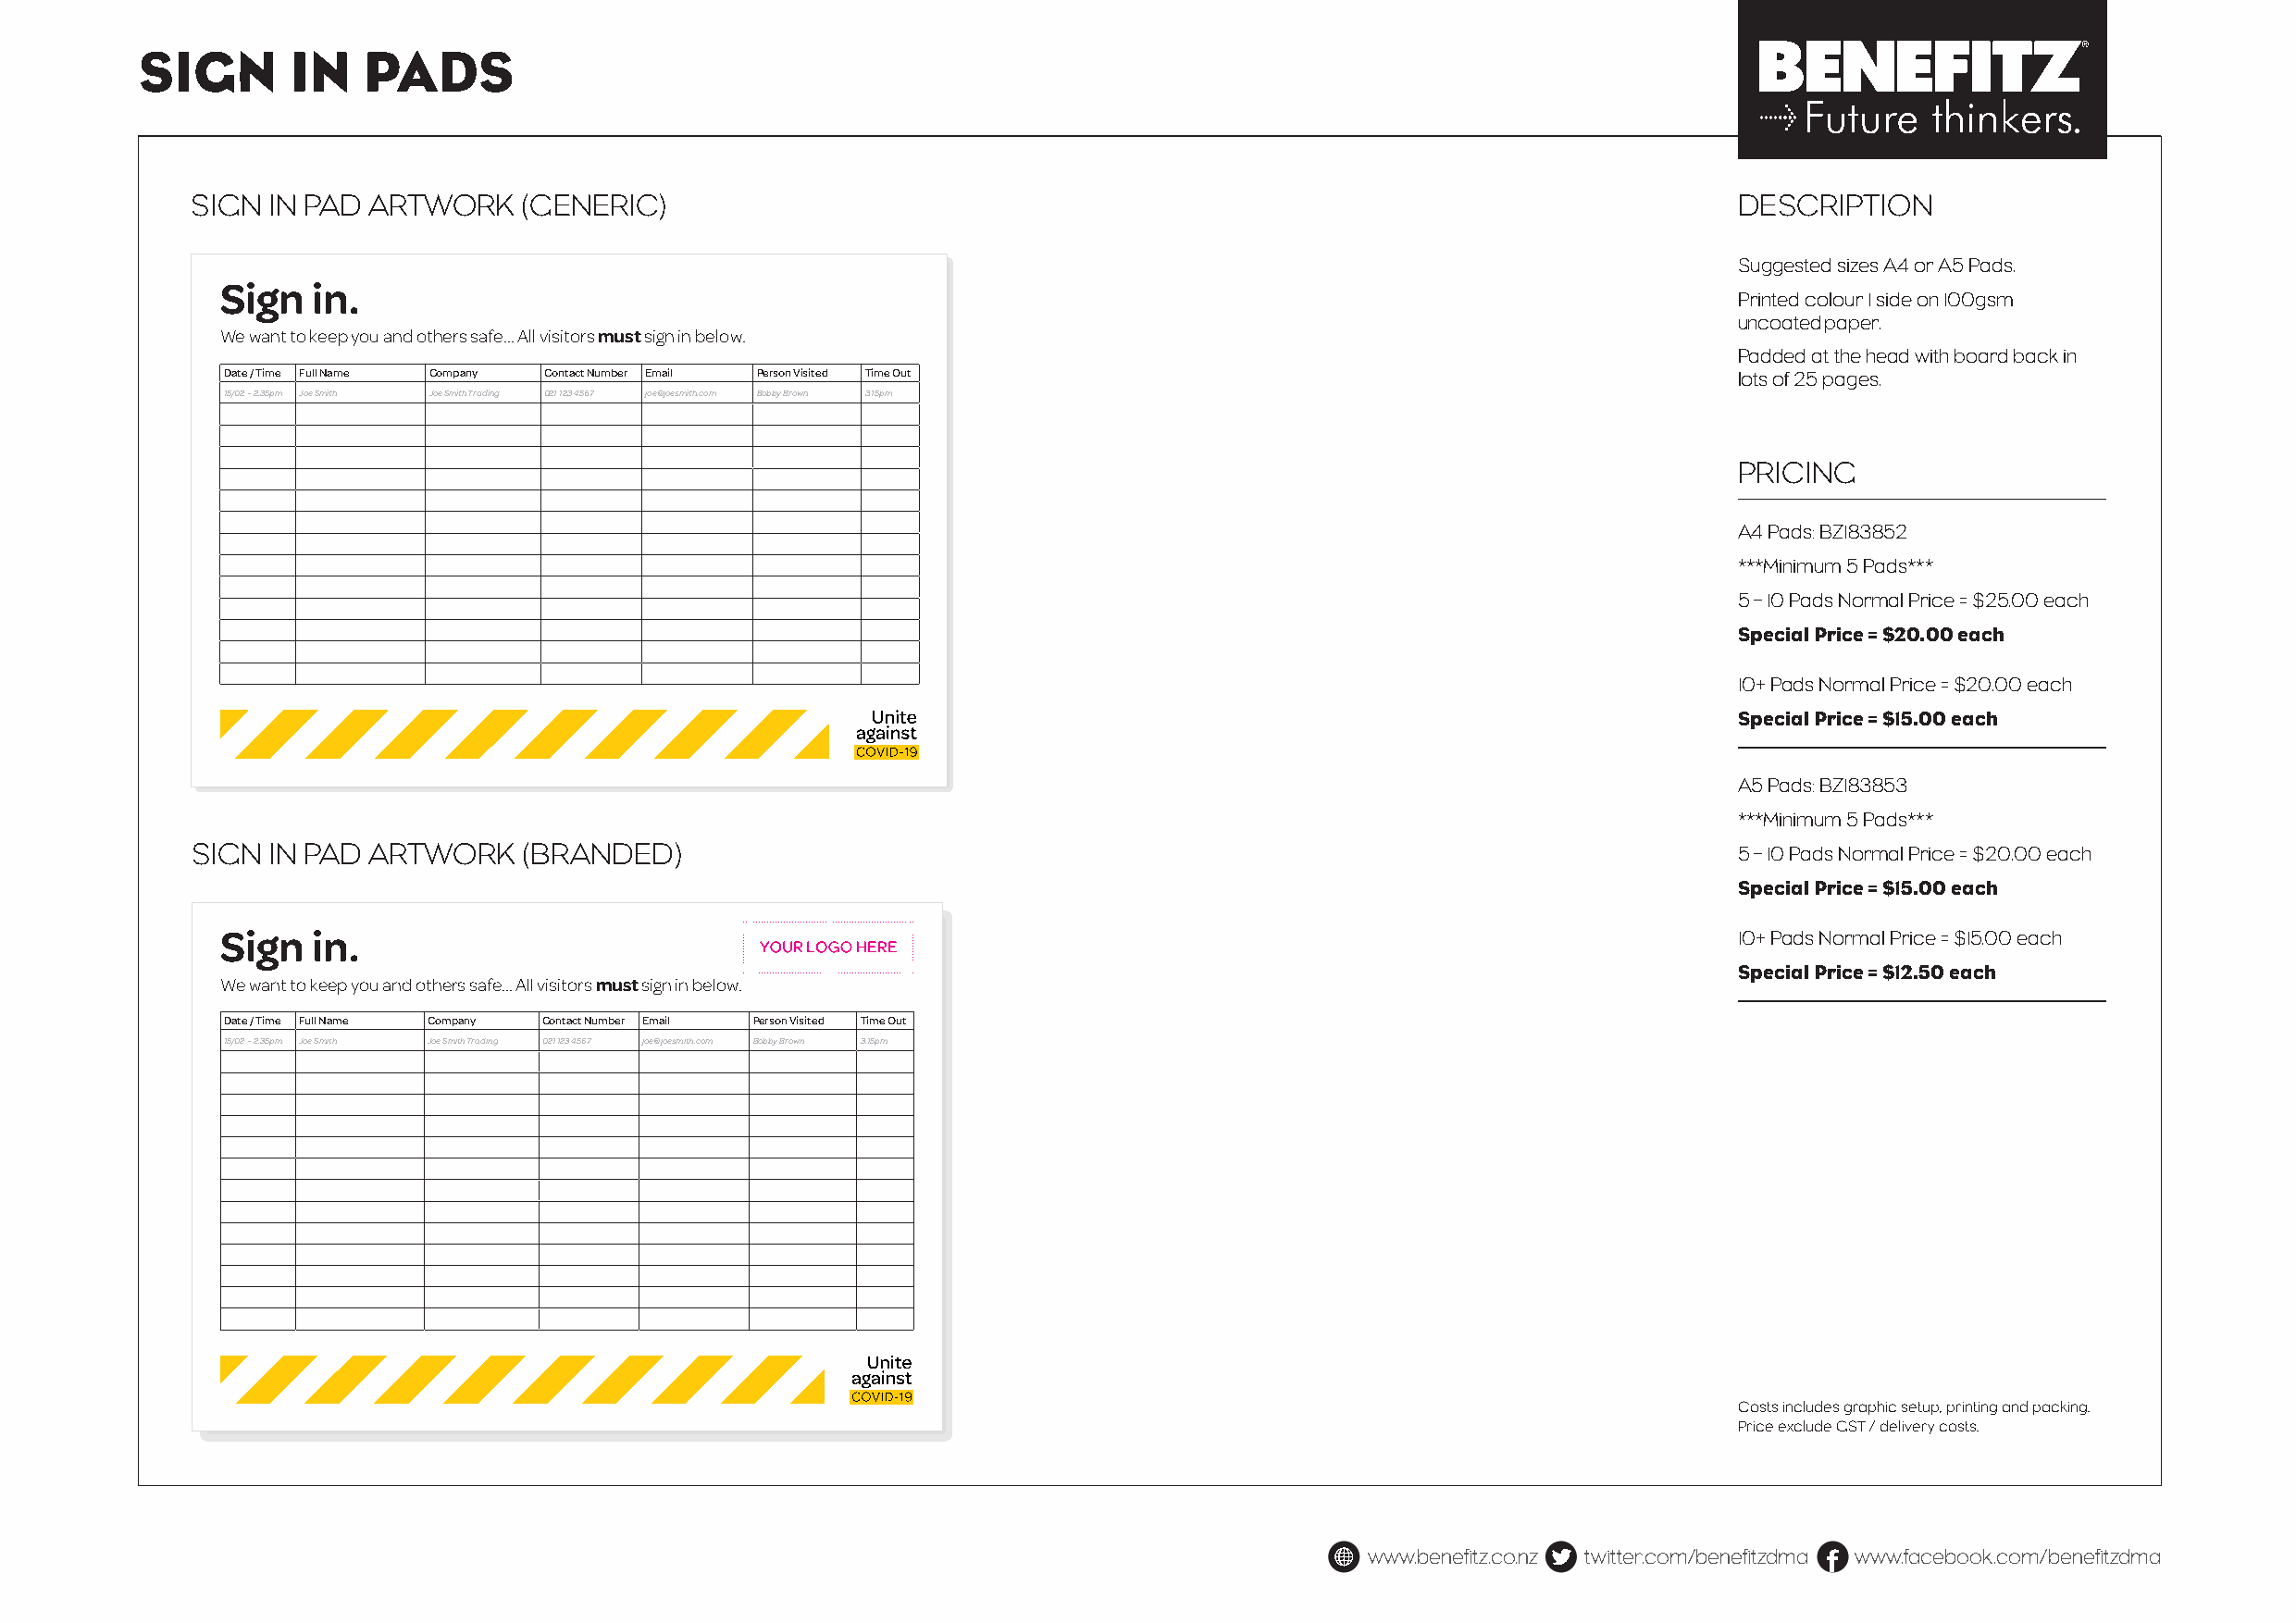
SIGN       IN   PADS
 SIGN IN PAD ARTWORK    (GENERIC)                                                                              DESCRIPTION
 Suggested sizes A4 or A5 Pads.
 Sign  in.
 Printed colour 1 side on 100gsm
 uncoated paper.
 We want to keep you and others safe... All visitors must sign in below.
 Padded at the head with board back in
 Date / Time Full Name Company Contact Number Email Person Visited Time Out                                  lots of 25 pages.
 15/02 - 2.35pm Joe Smith Joe Smith Trading 021 123 4567 joe@joesmith.com Bobby Brown 3.15pm
 PRICING
 A4 Pads: BZ183852
 ***Minimum 5 Pads***
 5 – 10 Pads Normal Price = $25.00 each
 Special Price = $20.00 each
 10+ Pads Normal Price = $20.00 each
 Special Price = $15.00 each
 A5 Pads: BZ183853
 ***Minimum 5 Pads***
 SIGN IN PAD ARTWORK    (BRANDED)                                                                              5 – 10 Pads Normal Price = $20.00 each
 Special Price = $15.00 each
 Sign  in.                                                                                                   10+ Pads Normal Price = $15.00 each
 Special Price = $12.50 each
 We want to keep you and others safe... All visitors must sign in below.
 Date / Time Full Name Company Contact Number Email Person Visited Time Out
 15/02 - 2.35pm Joe Smith Joe Smith Trading 021 123 4567 joe@joesmith.com Bobby Brown 3.15pm
 Costs includes graphic setup, printing and packing.
 Price exclude GST / delivery costs.
 www.benefitz.co.nz twitter.com/benefitzdma www.facebook.com/benefitzdma